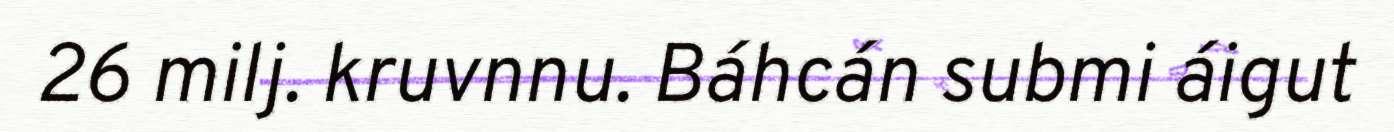
26 milj. kruvnnu. Báhcán submi áigut